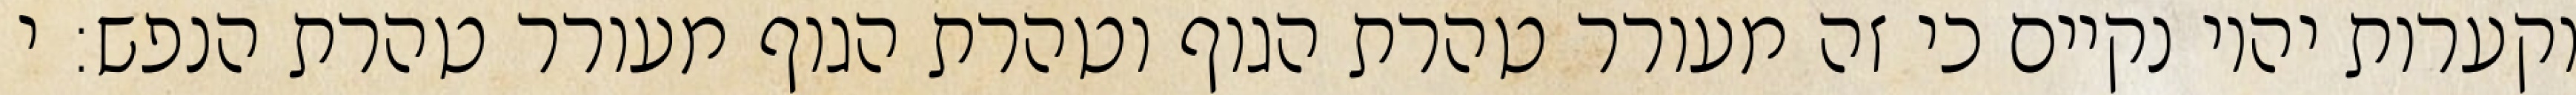
וקערות יהיו נקיים כי זה מעורר טהרת הגוף וטהרת הגוף מעורר טהרת הנפש: י